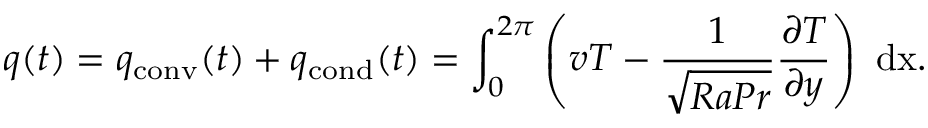
q ( t ) = q _ { \mathrm { { c o n v } } } ( t ) + q _ { \mathrm { { c o n d } } } ( t ) = \int _ { 0 } ^ { 2 \pi } \left( v T - \frac { 1 } { \sqrt { R a P r } } \frac { \partial T } { \partial y } \right) \ \mathrm { { d } x . }